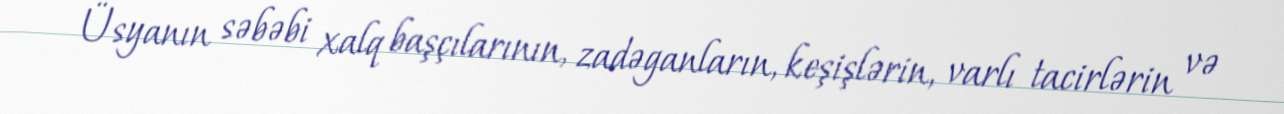
Üsyanın səbəbi xalq başçılarının, zadəganların, keşişlərin, varlı tacirlərin və